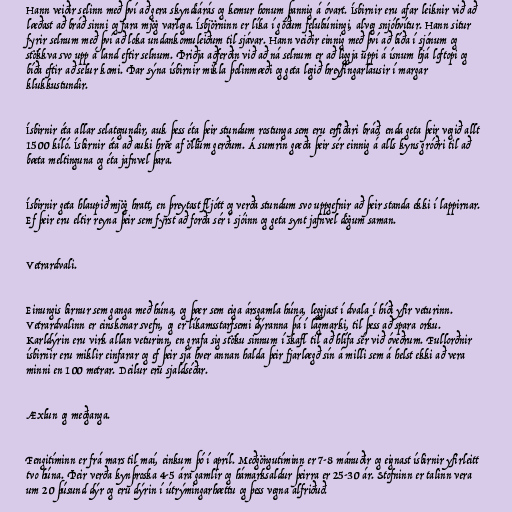
Hann veiðir selinn með því að gera skyndiárás og kemur honum þannig á óvart. Ísbirnir eru afar leiknir við að
læðast að bráð sinni og fara mjög varlega. Ísbjörninn er líka í góðum felubúningi, alveg snjóhvítur. Hann situr
fyrir selnum með því að loka undankomuleiðum til sjávar. Hann veiðir einnig með því að bíða í sjónum og
stökkva svo upp á land eftir selnum. Þriðja aðferðin við að ná selnum er að liggja uppi á ísnum hjá loftopi og
bíða eftir að selur komi. Þar sýna ísbirnir mikla þolinmæði og geta legið hreyfingarlausir í margar
klukkustundir.

Ísbirnir éta allar selategundir, auk þess éta þeir stundum rostunga sem eru erfiðari bráð, enda geta þeir vegið allt
1500 kíló. Ísbirnir éta að auki hræ af öllum gerðum. Á sumrin gæða þeir sér einnig á alls kyns gróðri til að
bæta meltinguna og éta jafnvel þara.

Ísbirnir geta hlaupið mjög hratt, en þreytast fljótt og verða stundum svo uppgefnir að þeir standa ekki í lappirnar.
Ef þeir eru eltir reyna þeir sem fyrst að forða sér í sjóinn og geta synt jafnvel dögum saman.

Vetrardvali.

Einungis birnur sem ganga með húna, og þær sem eiga ársgamla húna, leggjast í dvala í híði yfir veturinn.
Vetrardvalinn er einskonar svefn, og er líkamsstarfsemi dýranna þá í lágmarki, til þess að spara orku.
Karldýrin eru virk allan veturinn, en grafa sig stöku sinnum í skafl til að hlífa sér við óveðrum. Fullorðnir
ísbirnir eru miklir einfarar og ef þeir sjá hver annan halda þeir fjarlægð sín á milli sem á helst ekki að vera
minni en 100 metrar. Deilur eru sjaldséðar.

Æxlun og meðganga.

Fengitíminn er frá mars til maí, einkum þó í apríl. Meðgöngutíminn er 7-8 mánuðir og eignast ísbirnir yfirleitt
tvo húna. Þeir verða kynþroska 4-5 ára gamlir og hámarksaldur þeirra er 25-30 ár. Stofninn er talinn vera
um 20 þúsund dýr og eru dýrin í útrýmingarhættu og þess vegna alfriðuð.